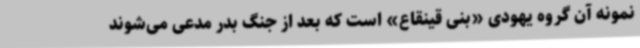
نمونه آن گروه یهودی «بنی قینقاع» است که بعد از جنگ بدر مدعی می‌شوند